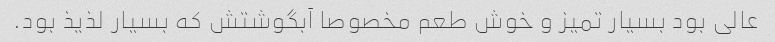
عالی بود بسیار تمیز و خوش طعم مخصوصا آبگوشتش که بسیار لذیذ بود.